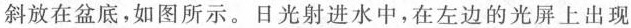
斜放在盆底，如图所示。日光射进水中，在左边的光屏上出现